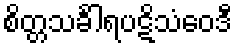
စိတ္တသင်္ခါရပဋိသံဝေဒီ